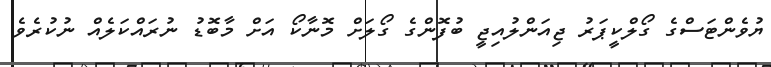
ޔުވެންޓަސްގެ ގޯލްކީޕަރު ޖިއަންލުއިޖީ ބުފޮންގެ ގޯލަށް މޮނާކޯ އަށް މާބޮޑު ނުރައްކަލެއް ނުކުރެވެ